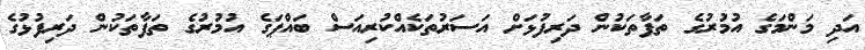
އަދި މަންމަގެ އުމުރުގެ ތަފާތަކުން ދަރިފުޅަށް އަސަރުތަކެއްކުރިއަސް ބައްޕަގެ އުމުރުގެ ތަފާތަކުން ދަރިފުޅުގެ